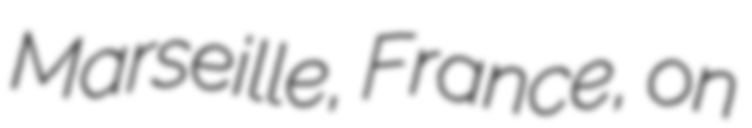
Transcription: Marseille, France, on